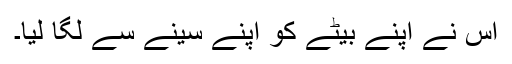
اس نے اپنے بیٹے کو اپنے سینے سے لگا لیا۔